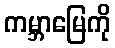
ကမ္ဘာမြေကို